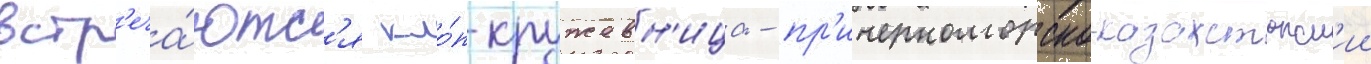
встр'еча́ютс'я кло́п-кружевн'ица - пр'ичерноморско-казахстанск'ии